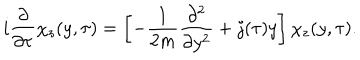
i \frac { \partial } { \partial \tau } \chi _ { z } ( y , \tau ) = \left[ - \frac { 1 } { 2 m } \frac { \partial ^ { 2 } } { \partial y ^ { 2 } } + j ( \tau ) y \right] \chi _ { z } ( y , \tau ) .